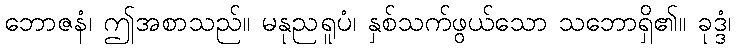
ဘောဇနံ၊ ဤအစာသည်။ မနုညရူပံ၊ နှစ်သက်ဖွယ်သော သဘောရှိ၏။ ခုဒ္ဒံ၊